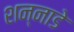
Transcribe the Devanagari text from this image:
शन्नाडे